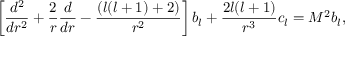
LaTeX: \left[ { \frac { d ^ { 2 } } { d r ^ { 2 } } } + { \frac { 2 } { r } } { \frac { d } { d r } } - { \frac { ( l ( l + 1 ) + 2 ) } { r ^ { 2 } } } \right] b _ { l } + { \frac { 2 l ( l + 1 ) } { r ^ { 3 } } } c _ { l } = M ^ { 2 } b _ { l } ,